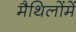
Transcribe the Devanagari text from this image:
मैथिलोंमें